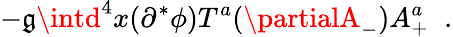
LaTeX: -\mathfrak{g}\intd^{4}x(\partial^{*}\phi)T^{a}(\partialA_{-})A_{+}^{a}\; \; .